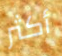
أكثر